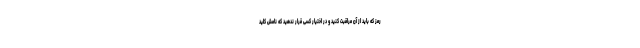
رمز که باید از آن مراقبت کنید و در اختیار کسی قرار ندهید که نامش کلید